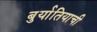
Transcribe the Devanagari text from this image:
बुर्यातियाची